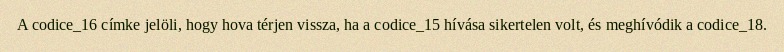
A codice_16 címke jelöli, hogy hova térjen vissza, ha a codice_15 hívása sikertelen volt, és meghívódik a codice_18.